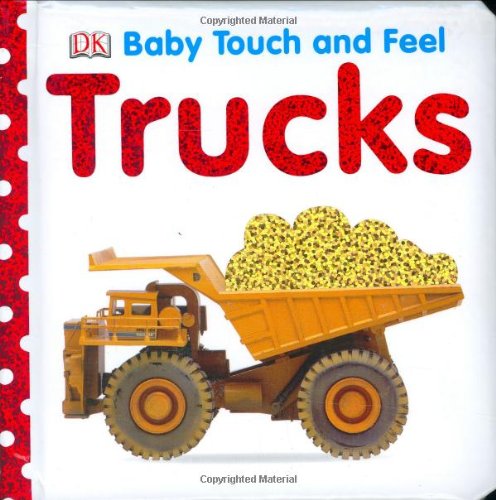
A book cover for Baby Touch and Feel: Trucks (Baby Touch & Feel); DK Publishing; Children's Books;